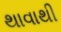
થાવાથી